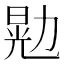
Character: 𫦴